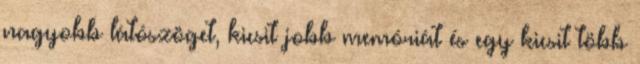
nagyobb látószöget, kicsit jobb memóriát és egy kicsit több